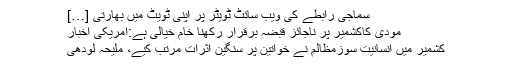
سماجی رابطے کی ویب سائٹ ٹویٹر پر اپنی ٹویٹ میں بھارتی […]
مودی کاکشمیر پر ناجائز قبضہ برقرار رکھنا خام خیالی ہے:امریکی اخبار
کشمیر میں انسانیت سوزمظالم نے خواتین پر سنگین اثرات مرتب کیے، ملیحہ لودھی